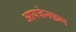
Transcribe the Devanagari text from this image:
आयजेनफ़ल